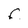
Character: f